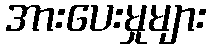
အားပေးမှုများ